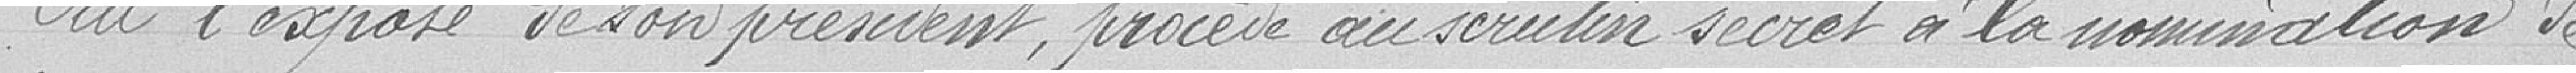
Ouï l'exposé de son président, procède au scrutin secret à la nomination de